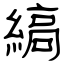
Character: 縞